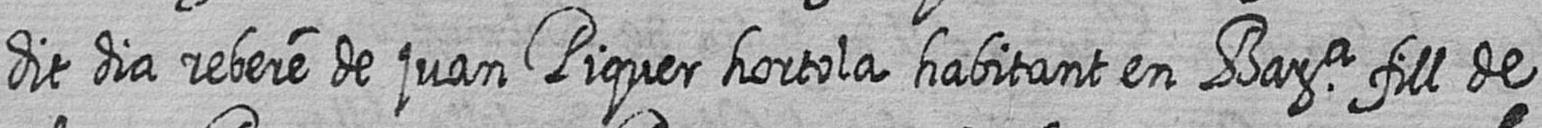
dit dia rebere de juan Piquer hortola habitant en Bara fill de